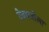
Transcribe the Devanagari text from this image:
देवबनीला